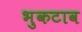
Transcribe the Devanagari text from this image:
भुकटाव